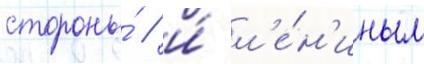
стороны́ / и́ л'е́н'иным